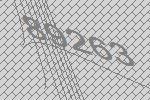
89263